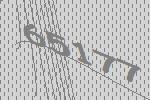
65177